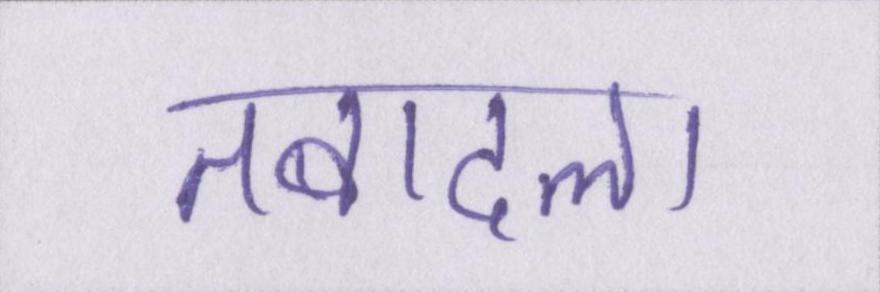
तबादला